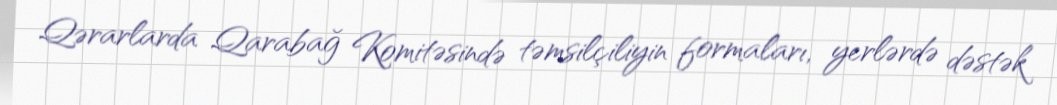
Qərarlarda Qarabağ Komitəsində təmsilçiliyin formaları, yerlərdə dəstək